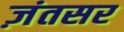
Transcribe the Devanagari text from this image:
ज़ंतसर